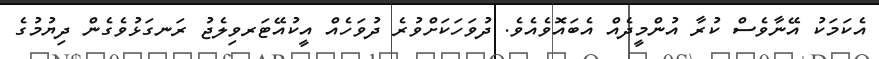
އެކަމަކު އޭނާވެސް ކުރާ އުންމީދެއް އެބައޮވެއެވެ. ދުވަހަކަށްވުރެ ދުވަހެއް އީކުއޭޓަރވިލެޖު ރަނގަޅުވެގެން ދިޔުމުގެ